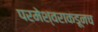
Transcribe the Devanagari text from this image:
परमेश्वराकडूनच